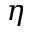
\eta